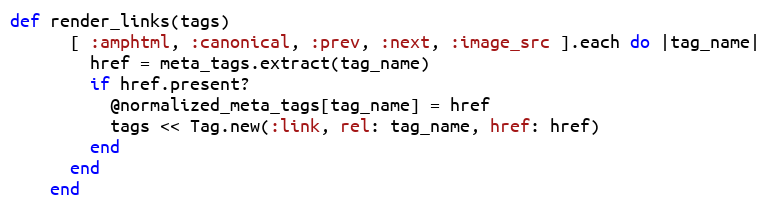
Language: Ruby
def render_links(tags)
      [ :amphtml, :canonical, :prev, :next, :image_src ].each do |tag_name|
        href = meta_tags.extract(tag_name)
        if href.present?
          @normalized_meta_tags[tag_name] = href
          tags << Tag.new(:link, rel: tag_name, href: href)
        end
      end
    end